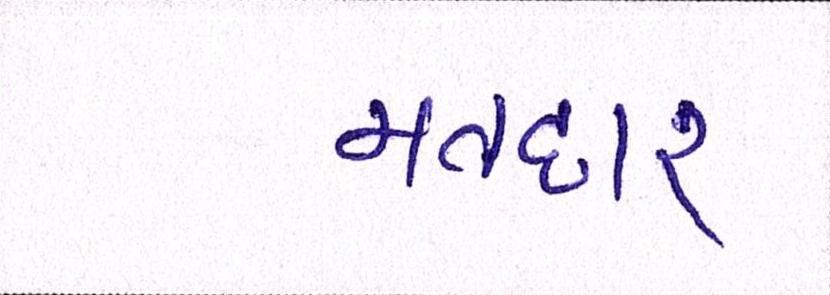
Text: મતદાર